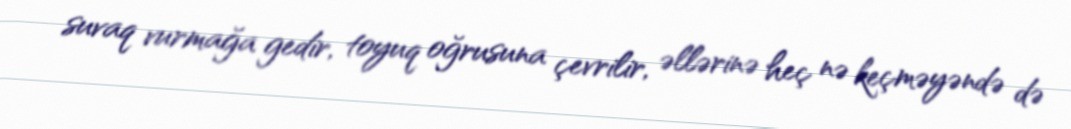
suvaq vurmağa gedir, toyuq oğrusuna çevrilir, əllərinə heç nə keçməyəndə də